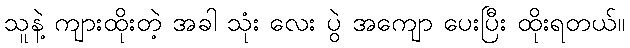
သူနဲ့ ကျားထိုးတဲ့ အခါ သုံး လေး ပွဲ အကျော ပေးပြီး ထိုးရတယ်။